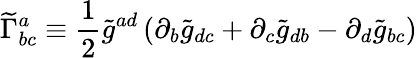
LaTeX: {\widetilde{\Gamma}}_{bc}^{a}\equiv{\frac{1}{2}}{\widetilde{g}}^{ad}\left(\partial_{b}{\widetilde{g}}_{dc}+\partial_{c}{\widetilde{g}}_{db}-\partial_{d}{\widetilde{g}}_{bc}\right)